Lunatic asylums Burma 1907-21 - 1907-1921
Year: 1907
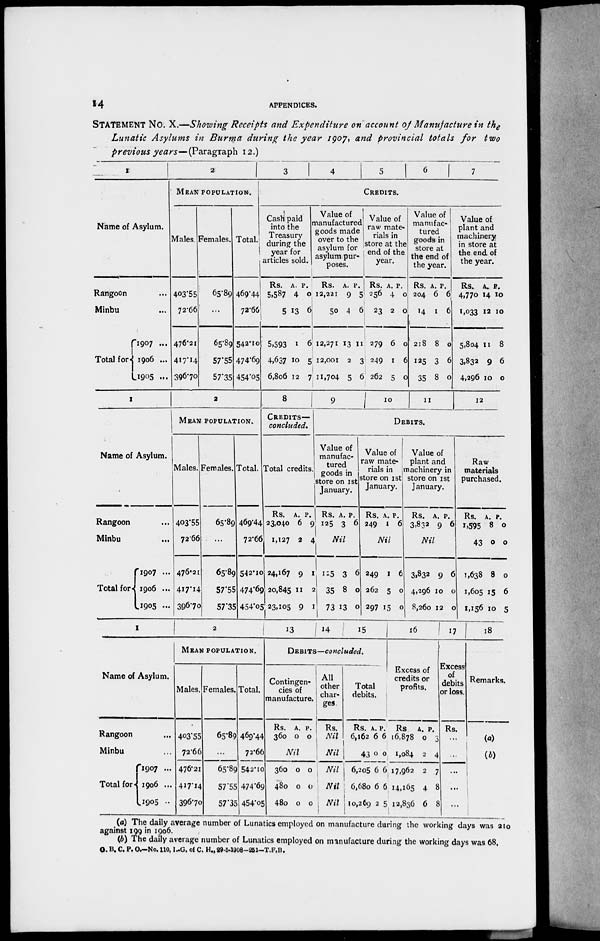
14
APPENDICES.
STATEMENT No. X.—Showing Receipts and Expenditure on account of Manufacture in the
Lunatic Asylums in Burma during the year 1907, and Provincial totals for two
previous years—(Paragraph 12.)
1
Name of Asylum.
Rangoon ...
Minbu ...
Total for
1907 ...
1906 ...
1905 ...
2
MEAN POPULATION.
Males.
403.55
72.66
476.21
417.14
396.70
Females.
65.89
...
65.89
57.55
57.35
Total.
469.44
72.66
542.10
474.69
454.05
3
4
5
6
7
CREDITS.
Cash paid
into the
Treasury
during the
year for
articles sold.
Rs.
5,587
5
5,593
4,637
6,806
A.
4
13
1
10
12
P.
0
6
6
5
7
Value of
manufactured
goods made
over to the
asylum for
asylum pur-
poses.
Rs.
12,221
50
12,271
12,001
11,704
A.
9
4
13
2
5
P.
5
6
11
3
6
Value of
raw mate-
rials in
store at the
end of the
year.
Rs.
256
23
279
249
262
A.
4
2
6
1
5
P.
0
0
0
6
0
Value of
manufac-
tured
goods in
store at
the end of
the year.
Rs.
204
14
218
125
35
A.
6
1
8
3
8
P.
6
6
0
6
0
Value of
plant and
machinery
in store at
the end. of
the year.
Rs.
4,770
1,033
5,804
3,832
4,296
A.
14
12
11
9
10
P.
10
10
8
6
0
1
Name of Asylum.
Rangoon ...
Minbu ...
Total for
1907 ...
1906 ...
1905 ...
2
MEAN POPULATION.
Males.
403.55
72.66
476.21
417.14
396.70
Females.
65.89
...
65.89
57.55
57.35
Total.
469.44
72.66
542.10
474.69
454.05
8
CRIDITS—
concluded.
Total credits.
Rs.
23,040
1,127
24,167
20,845
23,105
A.
6
2
9
11
9
P.
9
4
1
2
1
9
10 11
12
DEBITS.
Value of
manufac-
tured
goods in
store on 1st
January.
Rs.
125
A.
3
P.
6
Nil
125
35
73
3
8
13
6
0
0
Value of
raw mate-
rials in
store on 1st
January.
Rs.
249
A.
1
P.
6
Nil
249
262
297
1
5
15
6
0
0
Value of
plant and
machinery in
store on 1st
January.
Rs.
3,832
A.
9
P.
6
Nil
3,832
4,296
8,260
9
10
12
6
0
0
Raw
materials
purchased.
Rs.
1,595
43
1,638
1,605
1,156
A.
8
0
8
15
10
P.
0
0
0
6
5
1
Name of Asylum.
Rangoon ...
Minbu ...
Total for
1907 ...
1906 ...
1905 ..
2
MEAN POPULATION.
Males.
403.55
72.66
476.21
417.14
396.70
Females.
65.89
...
65.89
57.55
57.35
Total.
469.44
72.66
542.10
474.69
454.05
13
14
15
DEBITS—concluded.
Contingen-
cies of
manufacture.
Rs.
360
A.
0
P.
0
Nil
360
480
480
0
0
0
0
0
0
All
other
char-
ges
Rs.
Nil
Nil
Nil
Nil
Nil
Total
debits.
Rs.
6,162
43
6,205
6,680
10,269
A.
6
0
6
6
2
P.
6
0
6
6
5
16
Excess of
credits or
profits.
Rs
16,878
1,084
17,962
14,165
12,836
A.
0
2
2
4
6
P.
3
4
7
8
8
17
Excess
of
debits
or loss.
Rs.
...
...
...
...
...
18
Remarks.
(a)
(b)
(a) The daily average number of Lunatics employed on manufacture during the working days was 210
against 199 in 1906.
(b) The daily average number of Lunatics employed on manufacture during the working days was 68.
G. B. C. P. O.—No.110, I.-G. of C. H., 29-5-1908-251-T.F.B.